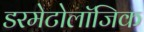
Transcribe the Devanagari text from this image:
डरमेटोलॉजिक